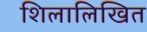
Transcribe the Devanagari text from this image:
शिलालिखित